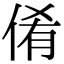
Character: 倄